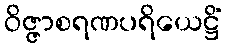
ဝိဇ္ဇာစရဏပရိယေဋ္ဌိံ